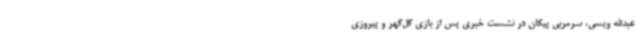
عبدالله ویسی، سرمربی پیکان در نشست خبری پس از بازی گل‌گهر و پیروزی